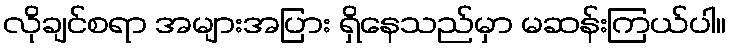
လိုချင်စရာ အများအပြား ရှိနေသည်မှာ မဆန်းကြယ်ပါ။